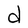
Character: d